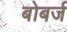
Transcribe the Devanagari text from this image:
बोबर्ज